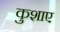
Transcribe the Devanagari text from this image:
कुशाए